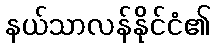
နယ်သာလန်နိုင်ငံ၏